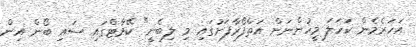
އަހަރެމެން ކަހަލަ މީހުންނަށް އަތްފޯރާފަށުގައި މި ލިބެނީ" ކޭމާޓްގައި ސައި ބޯން އިން